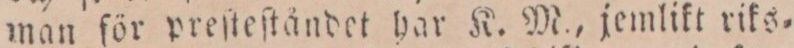
man för preſteſtändet har K. M., jemlikt riks=